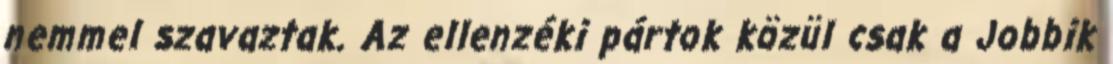
nemmel szavaztak. Az ellenzéki pártok közül csak a Jobbik